38_143685_box7_Incident_Summaries_1-100
Agency: Department of War
Page 190
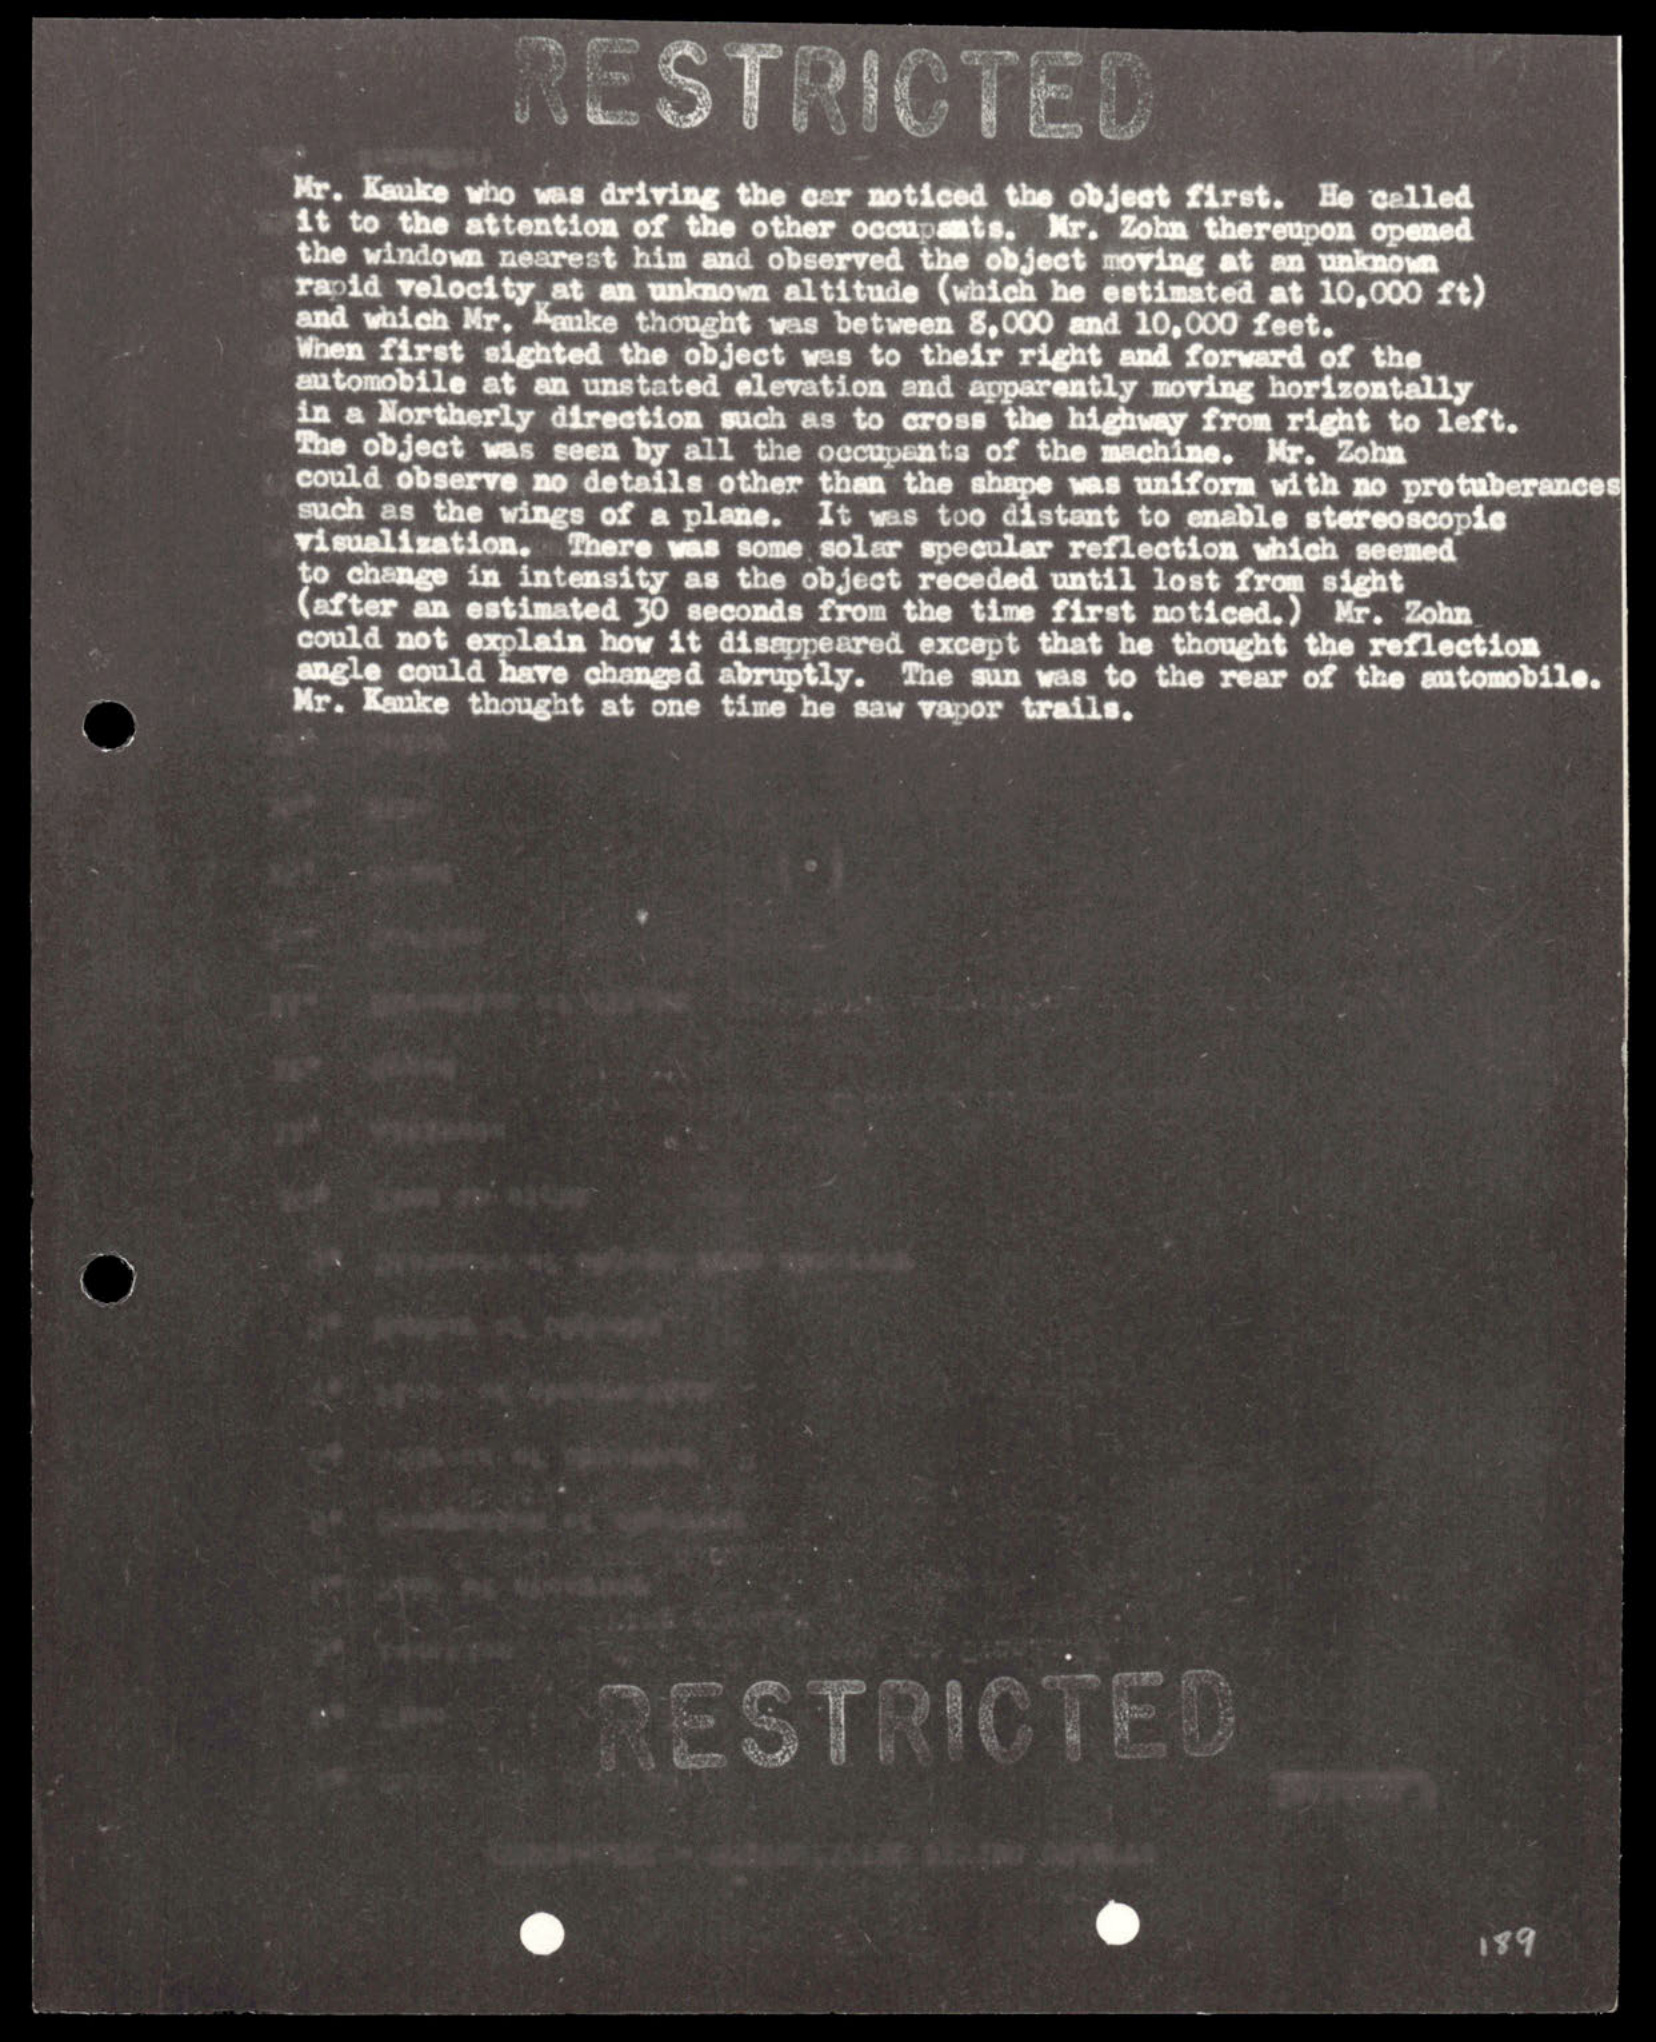